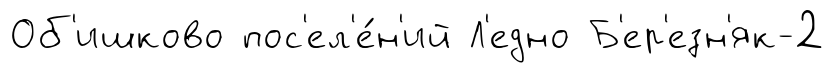
Об'ишково пос'ел'е́н'ий Л'едно Б'ер'езн'як-2